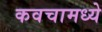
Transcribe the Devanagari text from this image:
कवचामध्ये